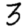
Digit: 3